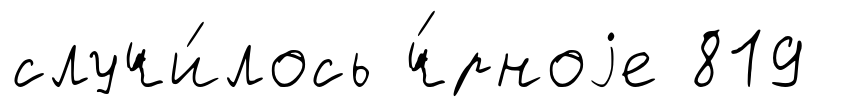
случи́лось ч́рноjе 819